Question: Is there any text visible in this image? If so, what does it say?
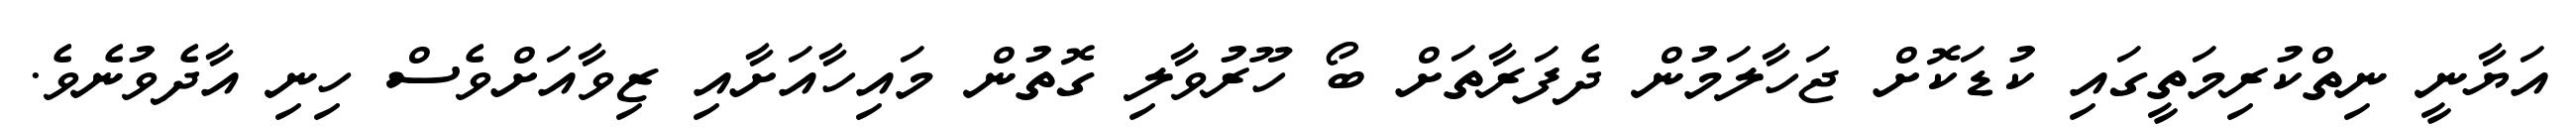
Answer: އަޔާނީ ނިތްކުރިމަތީގައި ކުޑަކޮށް ޖަހާލަމުން ދެފަރާތަށް ބޯ ހޫރުވާލި ގޮތުން މައިހާއަށާއި ޒިވާއަށްވެސް ހިނި އާދެވުނެވެ.